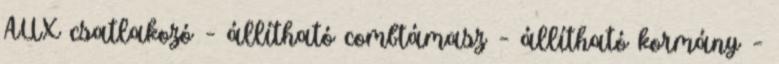
AUX csatlakozó – állítható combtámasz – állítható kormány –